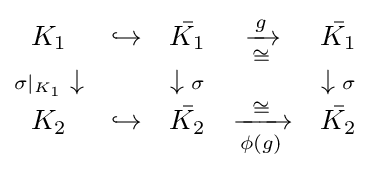
{\begin{matrix}K_{1}&\hookrightarrow &{\bar {K_{1}}}&{\xrightarrow[{\cong }]{g}}&{\bar {K_{1}}}\\{\scriptstyle \sigma |_{K_{1}}}\downarrow &&\downarrow {\scriptstyle \sigma }&&\downarrow {\scriptstyle \sigma }\\K_{2}&\hookrightarrow &{\bar {K_{2}}}&{\xrightarrow[{\phi (g)}]{\cong }}&{\bar {K_{2}}}\end{matrix}}